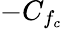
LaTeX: -C_{f_{c}}